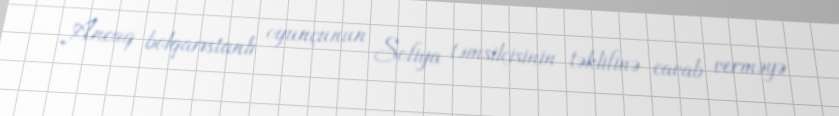
Ancaq bolqarıstanlı oyunçunun Sofiya təmsilçisinin təklifinə cavab verməyə